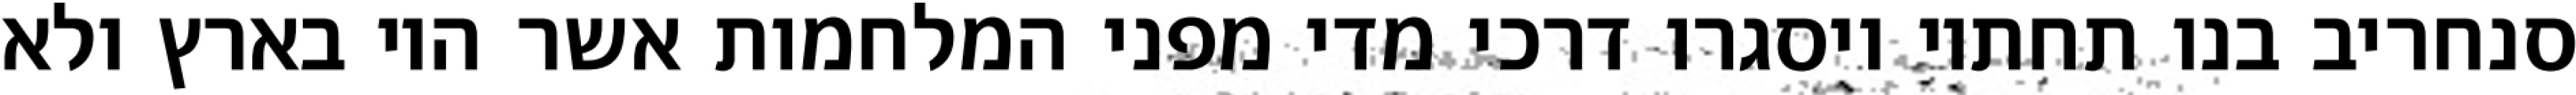
סנחריב בנו תחתיו ויסגרו דרכי מדי מפני המלחמות אשר היו בארץ ולא